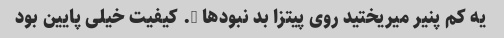
یه کم پنیر میریختید روی پیتزا بد نبود‌ها …. کیفیت خیلی پایین بود